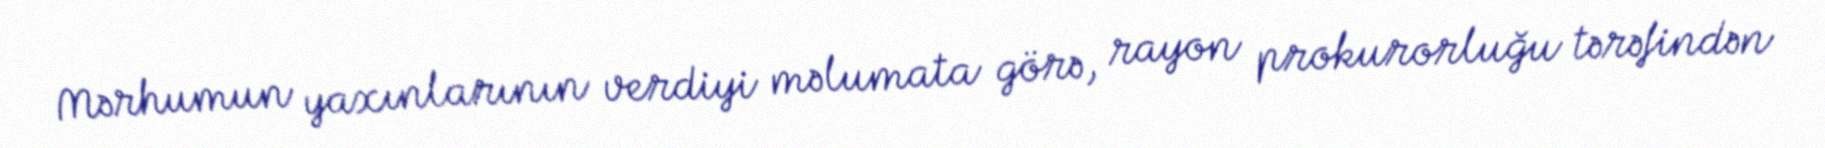
Mərhumun yaxınlarının verdiyi məlumata görə, rayon prokurorluğu tərəfindən